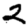
Digit: 2